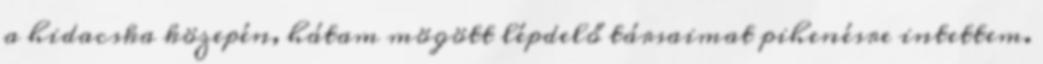
a hidacska közepén, hátam mögött lépdelő társaimat pihenésre intettem.